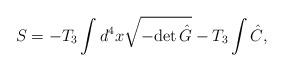
LaTeX: \begin{align*}S=-T_3\int d^4x \sqrt{-{\rm det}\, \hat{G} } -T_3\int \hat{C},\end{align*}